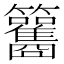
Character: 𥸑